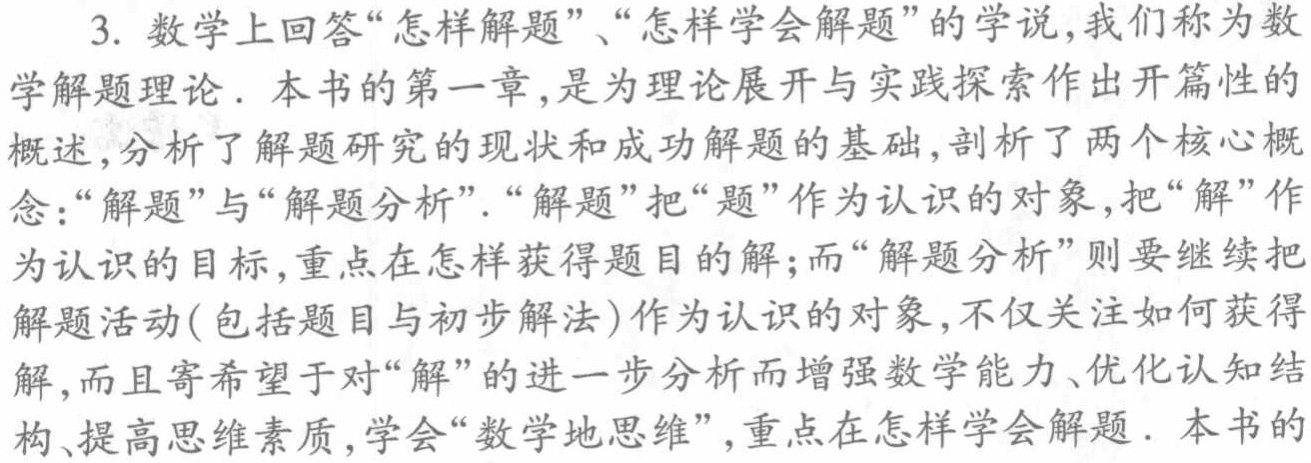
3. 数学上回答“怎样解题”、“怎样学会解题”的学说,我们称为数

学解题理论. 本书的第一章,是为理论展开与实践探索作出开篇性的

概述,分析了解题研究的现状和成功解题的基础,剖析了两个核心概

念:“解题”与“解题分析”. “解题”把“题”作为认识的对象,把“解”作

为认识的目标,重点在怎样获得题目的解;而“解题分析”则要继续把

解题活动(包括题目与初步解法)作为认识的对象,不仅关注如何获得

解,而且寄希望于对“解”的进一步分析而增强数学能力、优化认知结

构、提高思维素质,学会“数学地思维”,重点在怎样学会解题. 本书的